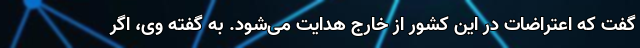
گفت که اعتراضات در این کشور از خارج هدایت می‌شود. به گفته وی، اگر